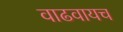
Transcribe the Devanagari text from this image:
वाढवायच